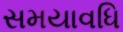
સમયાવધિ